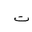
Letter: _ta